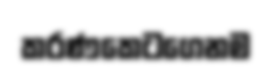
කරණකෙටගෙනම